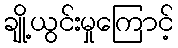
ချို့ယွင်းမှုကြောင့်